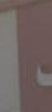
|